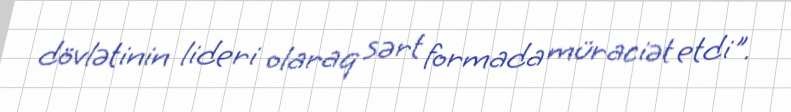
dövlətinin lideri olaraq sərt formada müraciət etdi".